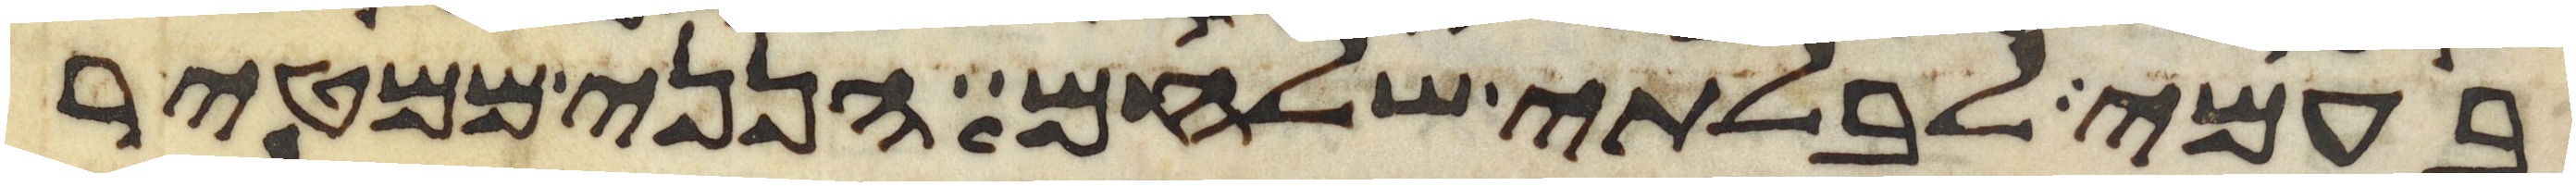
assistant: בעמי לבלתי שלחם הנני ממטיר